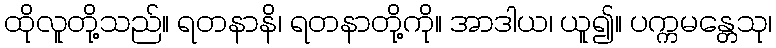
ထိုလူတို့သည်။ ရတနာနိ၊ ရတနာတို့ကို။ အာဒါယ၊ ယူ၍။ ပက္ကမန္တေသု၊